Report on vaccination in Madras 1922-1929 - 1922-1929
Year: 1922
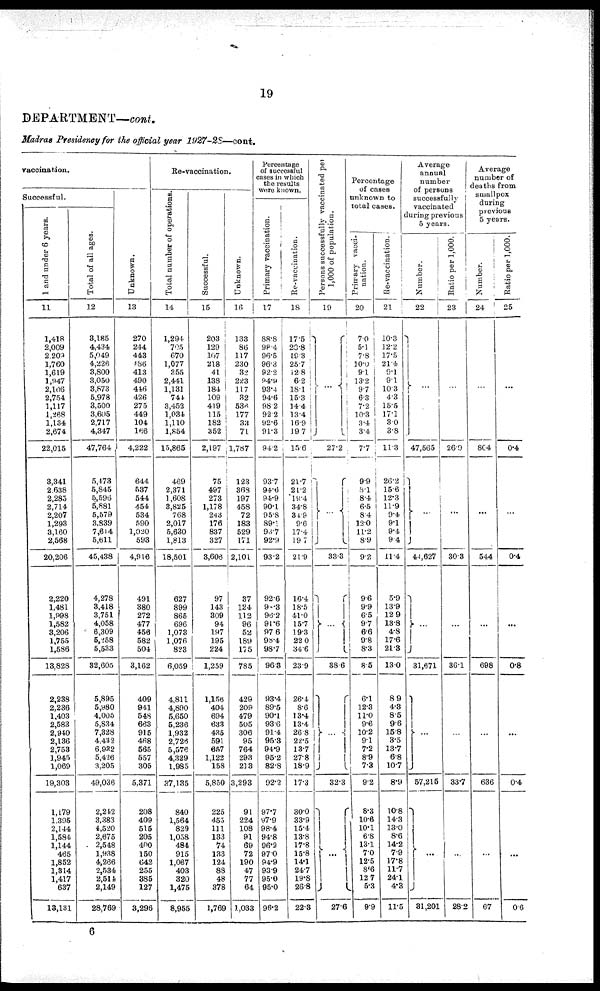
19
DEPARTMENT—cont.
Madras Presidency for the official year 1927-28—cont.
vaccination.
Successful.
1 and under 6 years.
11
1,418
2,009
2,209
1,760
1,619
1,947
2,106
2,754
1,117
1,268
1,134
2,674
22,015
3,341
2,638
2,285
2,714
2,207
1,293
3,160
2,568
20,206
2,220
1,481
1,998
1,582
3,206
1,755
1,586
13,828
2,238
2,236
1,403
2,583
2,940
2,136
2,753
1,945
1,069
19,303
1,179
1,395
2,144
1,584
1,144
465
1,852
1,314
1,417
637
13,131
Total of all ages.
12
3,185
4,434
5,049
4,226
3,800
3,050
3,873
5,978
3,500
3,605
2,717
4,347
47,764
5,473
5,845
5,596
5,881
5,579
3,839
7,614
5,611
45,438
4,278
3,418
3,751
4,058
6,309
5,258
5,533
32,605
5,895
5,980
4,005
5,834
7,328
4,432
6,932
5,426
3,205
49,036
2,242
3,383
4,520
2,675
2,548
1,938
4,266
2,534
2,514
2,149
28,769
Unknown.
13
270
244
443
486
413
490
446
426
275
449
104
166
4,222
644
537
544
454
534
590
1,020
593
4,916
491
380
272
477
456
582
504
3,162
409
941
548
663
915
468
565
557
305
5,371
208
409
515
205
400
150
642
255
385
127
3,296
Re-vaccination.
Total number of operations.
14
1,294
705
670
1,077
355
2,441
1,131
741
3,452
1,034
1,110
1,854
15,865
469
2,371
1,608
3,825
768
2,017
5,630
1,813
18,501
627
899
865
696
1,078
1,076
823
6,059
4,811
4,890
5,650
5,236
1,932
2,726
5,576
4,329
1,985
37,135
840
1,564
829
1,058
484
915
1,067
403
320
1,475
8,955
Successful.
15
203
129
107
218
41
138
184
109
419
115
182
352
2,197
75
497
273
1,178
243
176
837
327
3,606
97
143
309
94
197
195
224
1,259
1,156
404
694
633
435
591
657
1,122
158
5,850
225
455
111
133
74
133
124
88
48
378
1,769
Unknown.
16
133
86
117
230
32
223
117
32
536
177
33
71
1,787
123
368
197
458
72
183
529
171
2,101
37
124
112
96
52
189
175
785
429
209
479
505
306
95
764
293
213
3,293
91
224
108
91
69
72
190
47
77
64
1,033
Percentage
of successful
cases in which
the results
were known.
Primary vaccination.
17
88.8
98.4
96.5
96.3
92.2
94.9
93.4
94.6
98.2
92.2
92.6
91.3
94.2
93.7
94.6
94.9
90.1
95.8
89.1
98.7
92.9
93.2
92.6
9.3
96.2
91.6
97.6
98.4
98.7
96.3
93.4
89.5
90.1
93.6
91.4
95.3
94.9
95.2
82.8
92.2
97.7
97.9
98.4
94.8
96.2
97.0
94.9
93.9
95.0
95.0
96.2
Re-vaccination.
18
17.5
20.8
19.3
25.7
12.8
6.2
18.1
15.3
14.4
13.4
16.9
19.7
15.6
21.7
21.2
19.4
34.8
81.9
9.6
17.4
19.7
21.9
16.4
18.5
41.0
15.7
19.3
22.0
34.6
23.9
26.4
8.6
13.4
13.4
26.8
22.5
13.7
27.8
18.9
17.3
30.0
33.9
15.4
13.8
17.8
15.8
14.1
24.7
19.8
26.8
22.3
Persons successfully vaccinated per
1,000 of population.
19
...
27.2
...
33.3
...
38.6
...
32.3
...
27.6
Percentage
of cases
unknown to
total cases.
Primary vacci-
nation.
20
7.0
5.1
7.8
10.0
9.1
13.2
9.7
6.3
7.2
10.3
3.4
3.4
7.7
9.9
8.1
8.4
6.5
8.4
12.0
11.2
8.9
9.2
9.6
9.9
6.5
9.7
6.6
9.8
8.3
8.5
6.1
12.3
11.0
9.6
10.2
9.1
7.2
8.9
7.3
9.2
8.3
10.6
10.1
6.8
13.1
7.0
12.5
8.6
12.7
5.3
9.9
Re-vaccination.
21
10.3
12.2
17.5
21.4
9.1
9.1
10.3
4.3
15.5
17.1
3.0
3.8
11.3
26.2
15.6
12.3
11.9
9.4
9.1
9.4
9.4
11.4
5.9
13.9
12.9
13.8
4.8
17.6
21.3
13.0
8.9
4.3
8.5
9.6
15.8
3.5
13.7
6.8
10.7
8.9
10.8
14.3
13.0
8.6
14.2
7.9
17.8
11.7
24.1
4.3
11.5
Average
annual
number
of persons
successfully
vaccinated
during previous
5 years.
Number.
22
...
47,565
...
44,627
...
31,671
...
57,215
...
31,201
Ratio per 1,000.
23
...
26.9
...
30.3
...
36.1
...
33.7
...
28.2
Average
number of
deaths from
smallpox
during
previous
5 years.
Number.
24
...
804
...
544
...
698
...
636
...
67
Ratio per 1,000.
25
...
0.4
...
0.4
...
0.8
...
0.4
...
0.6
6